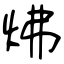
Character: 炥